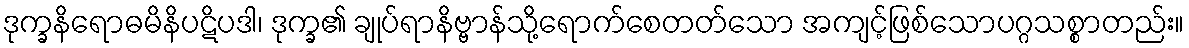
ဒုက္ခနိရောဓမိနိပဋိပဒါ၊ ဒုက္ခ၏ ချုပ်ရာနိဗ္ဗာန်သို့ရောက်စေတတ်သော အကျင့်ဖြစ်သောပဂ္ဂသစ္စာတည်း။